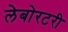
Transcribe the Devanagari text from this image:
लेबोरटरी